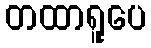
တထာရူပေ